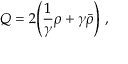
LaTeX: Q = 2 \Biggl ( \frac { 1 } { \gamma } \rho + \gamma \bar { \rho } \Biggr ) ~ ,